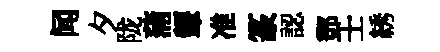
闻夕陇蒲顰准篆認鄧士綉